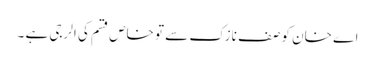
اے خان کو صف نازک سے تو خاص قسم کی الرجی ہے ۔